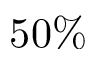
5 0 \%